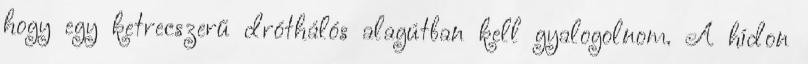
hogy egy ketrecszerű dróthálós alagútban kell gyalogolnom. A hídon